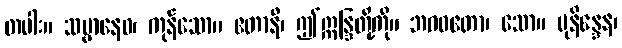
တပါး။ သဗ္ဗာနေဝ၊ ကုန်သော။ ဧတာနိ၊ ဤဣန္ဒြတို့ကို။ ဘဂဝတော၊ သော။ မုနိန္ဒေန၊